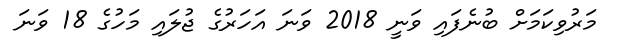
މަރުވިކަމަށް ބުނެފައި ވަނީ 2018 ވަނަ އަހަރުގެ ޖުލައި މަހުގެ 18 ވަނަ